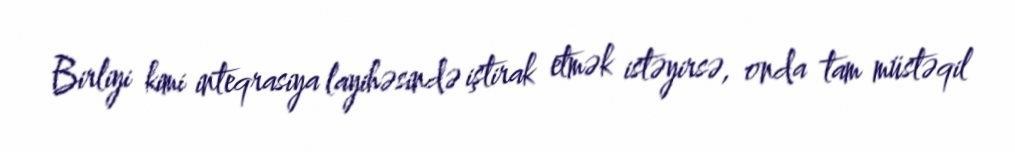
Birliyi kimi inteqrasiya layihəsində iştirak etmək istəyirsə, onda tam müstəqil